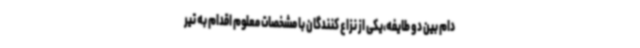
دام بین دو طایفه،یکی از نزاع کنندگان با مشخصات معلوم اقدام به تیر